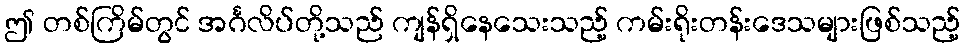
ဤ တစ်ကြိမ်တွင် အင်္ဂလိပ်တို့သည် ကျန်ရှိနေသေးသည့် ကမ်းရိုးတန်းဒေသများဖြစ်သည့်